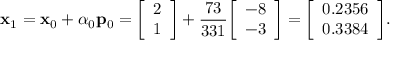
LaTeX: \mathbf { x } _ { 1 } = \mathbf { x } _ { 0 } + \alpha _ { 0 } \mathbf { p } _ { 0 } = { \left[ \begin{array} { l } { 2 } \\ { 1 } \end{array} \right] } + { \frac { 7 3 } { 3 3 1 } } { \left[ \begin{array} { l } { - 8 } \\ { - 3 } \end{array} \right] } = { \left[ \begin{array} { l } { 0 . 2 3 5 6 } \\ { 0 . 3 3 8 4 } \end{array} \right] } .